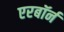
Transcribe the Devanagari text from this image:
एरबॉर्न